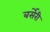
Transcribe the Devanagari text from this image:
बर्सेरी